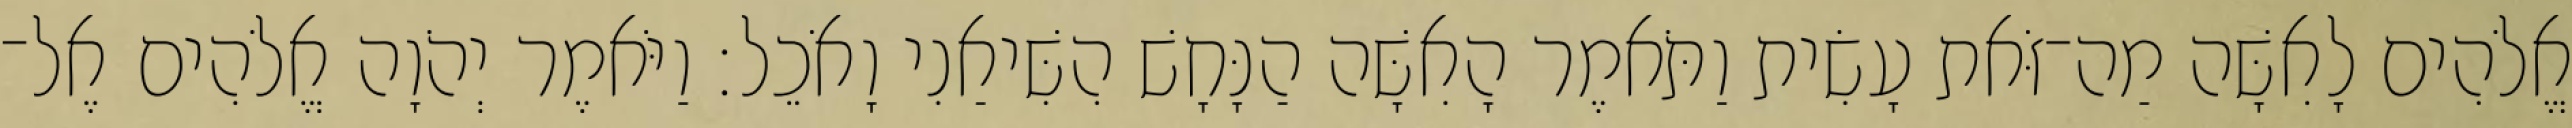
אֱלֹהִים לָאִשָּׁה מַה־זֹּאת עָשִׂית וַתֹּאמֶר הָאִשָּׁה הַנָּחָשׁ הִשִּׁיאַנִי וָאֹכֵל׃ וַיֹּאמֶר יְהֹוָה אֱלֹהִים אֶל־